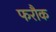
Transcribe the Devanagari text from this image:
फरौक